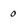
Character: 0